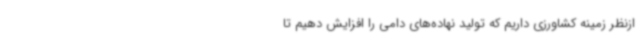
ازنظر زمینه کشاورزی داریم که تولید نهاده‌های دامی را افزایش دهیم تا